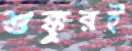
শুক্কুরই